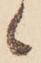
候